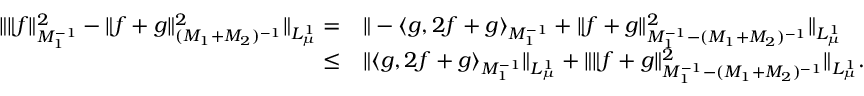
\begin{array} { r l } { \Vert \Vert f \Vert _ { M _ { 1 } ^ { - 1 } } ^ { 2 } - \Vert f + g \Vert _ { ( M _ { 1 } + M _ { 2 } ) ^ { - 1 } } ^ { 2 } \Vert _ { L _ { \mu } ^ { 1 } } = } & { \Vert - \langle g , 2 f + g \rangle _ { M _ { 1 } ^ { - 1 } } + \Vert f + g \Vert _ { M _ { 1 } ^ { - 1 } - ( M _ { 1 } + M _ { 2 } ) ^ { - 1 } } ^ { 2 } \Vert _ { L _ { \mu } ^ { 1 } } } \\ { \leq } & { \Vert \langle g , 2 f + g \rangle _ { M _ { 1 } ^ { - 1 } } \Vert _ { L _ { \mu } ^ { 1 } } + \Vert \Vert f + g \Vert _ { M _ { 1 } ^ { - 1 } - ( M _ { 1 } + M _ { 2 } ) ^ { - 1 } } ^ { 2 } \Vert _ { L _ { \mu } ^ { 1 } } . } \end{array}